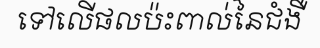
ទៅលើផលប៉ះពាល់នៃជំងឺ